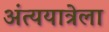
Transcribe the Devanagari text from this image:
अंत्ययात्रेला